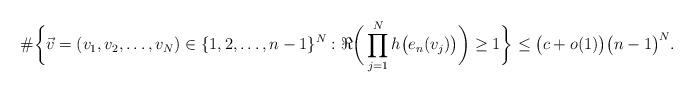
LaTeX: \begin{align*}\#\bigg\{\vec{v}=(v_1,v_2,\ldots, v_N) \in \{1,2, \ldots, n-1\}^N: \Re \bigg(\prod_{j=1}^N h\big(e_n(v_j)\big) \bigg) \geq 1 \bigg\}\leq \big(c+o(1)\big) \big(n-1\big)^N.\end{align*}